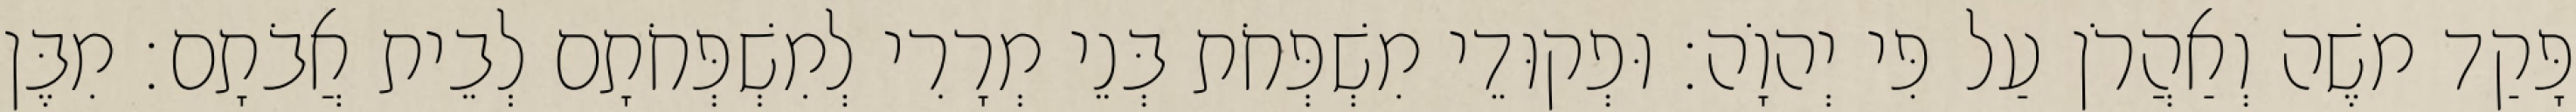
פָּקַד משֶׁה וְאַהֲרֹן עַל פִּי יְהוָֹה׃ וּפְקוּדֵי מִשְׁפְּחֹת בְּנֵי מְרָרִי לְמִשְׁפְּחֹתָם לְבֵית אֲבֹתָם׃ מִבֶּן